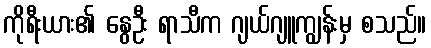
ကိုရီးယား၏ နွေဦး ရာသီက ဂျယ်ဂျူကျွန်းမှ စသည်။